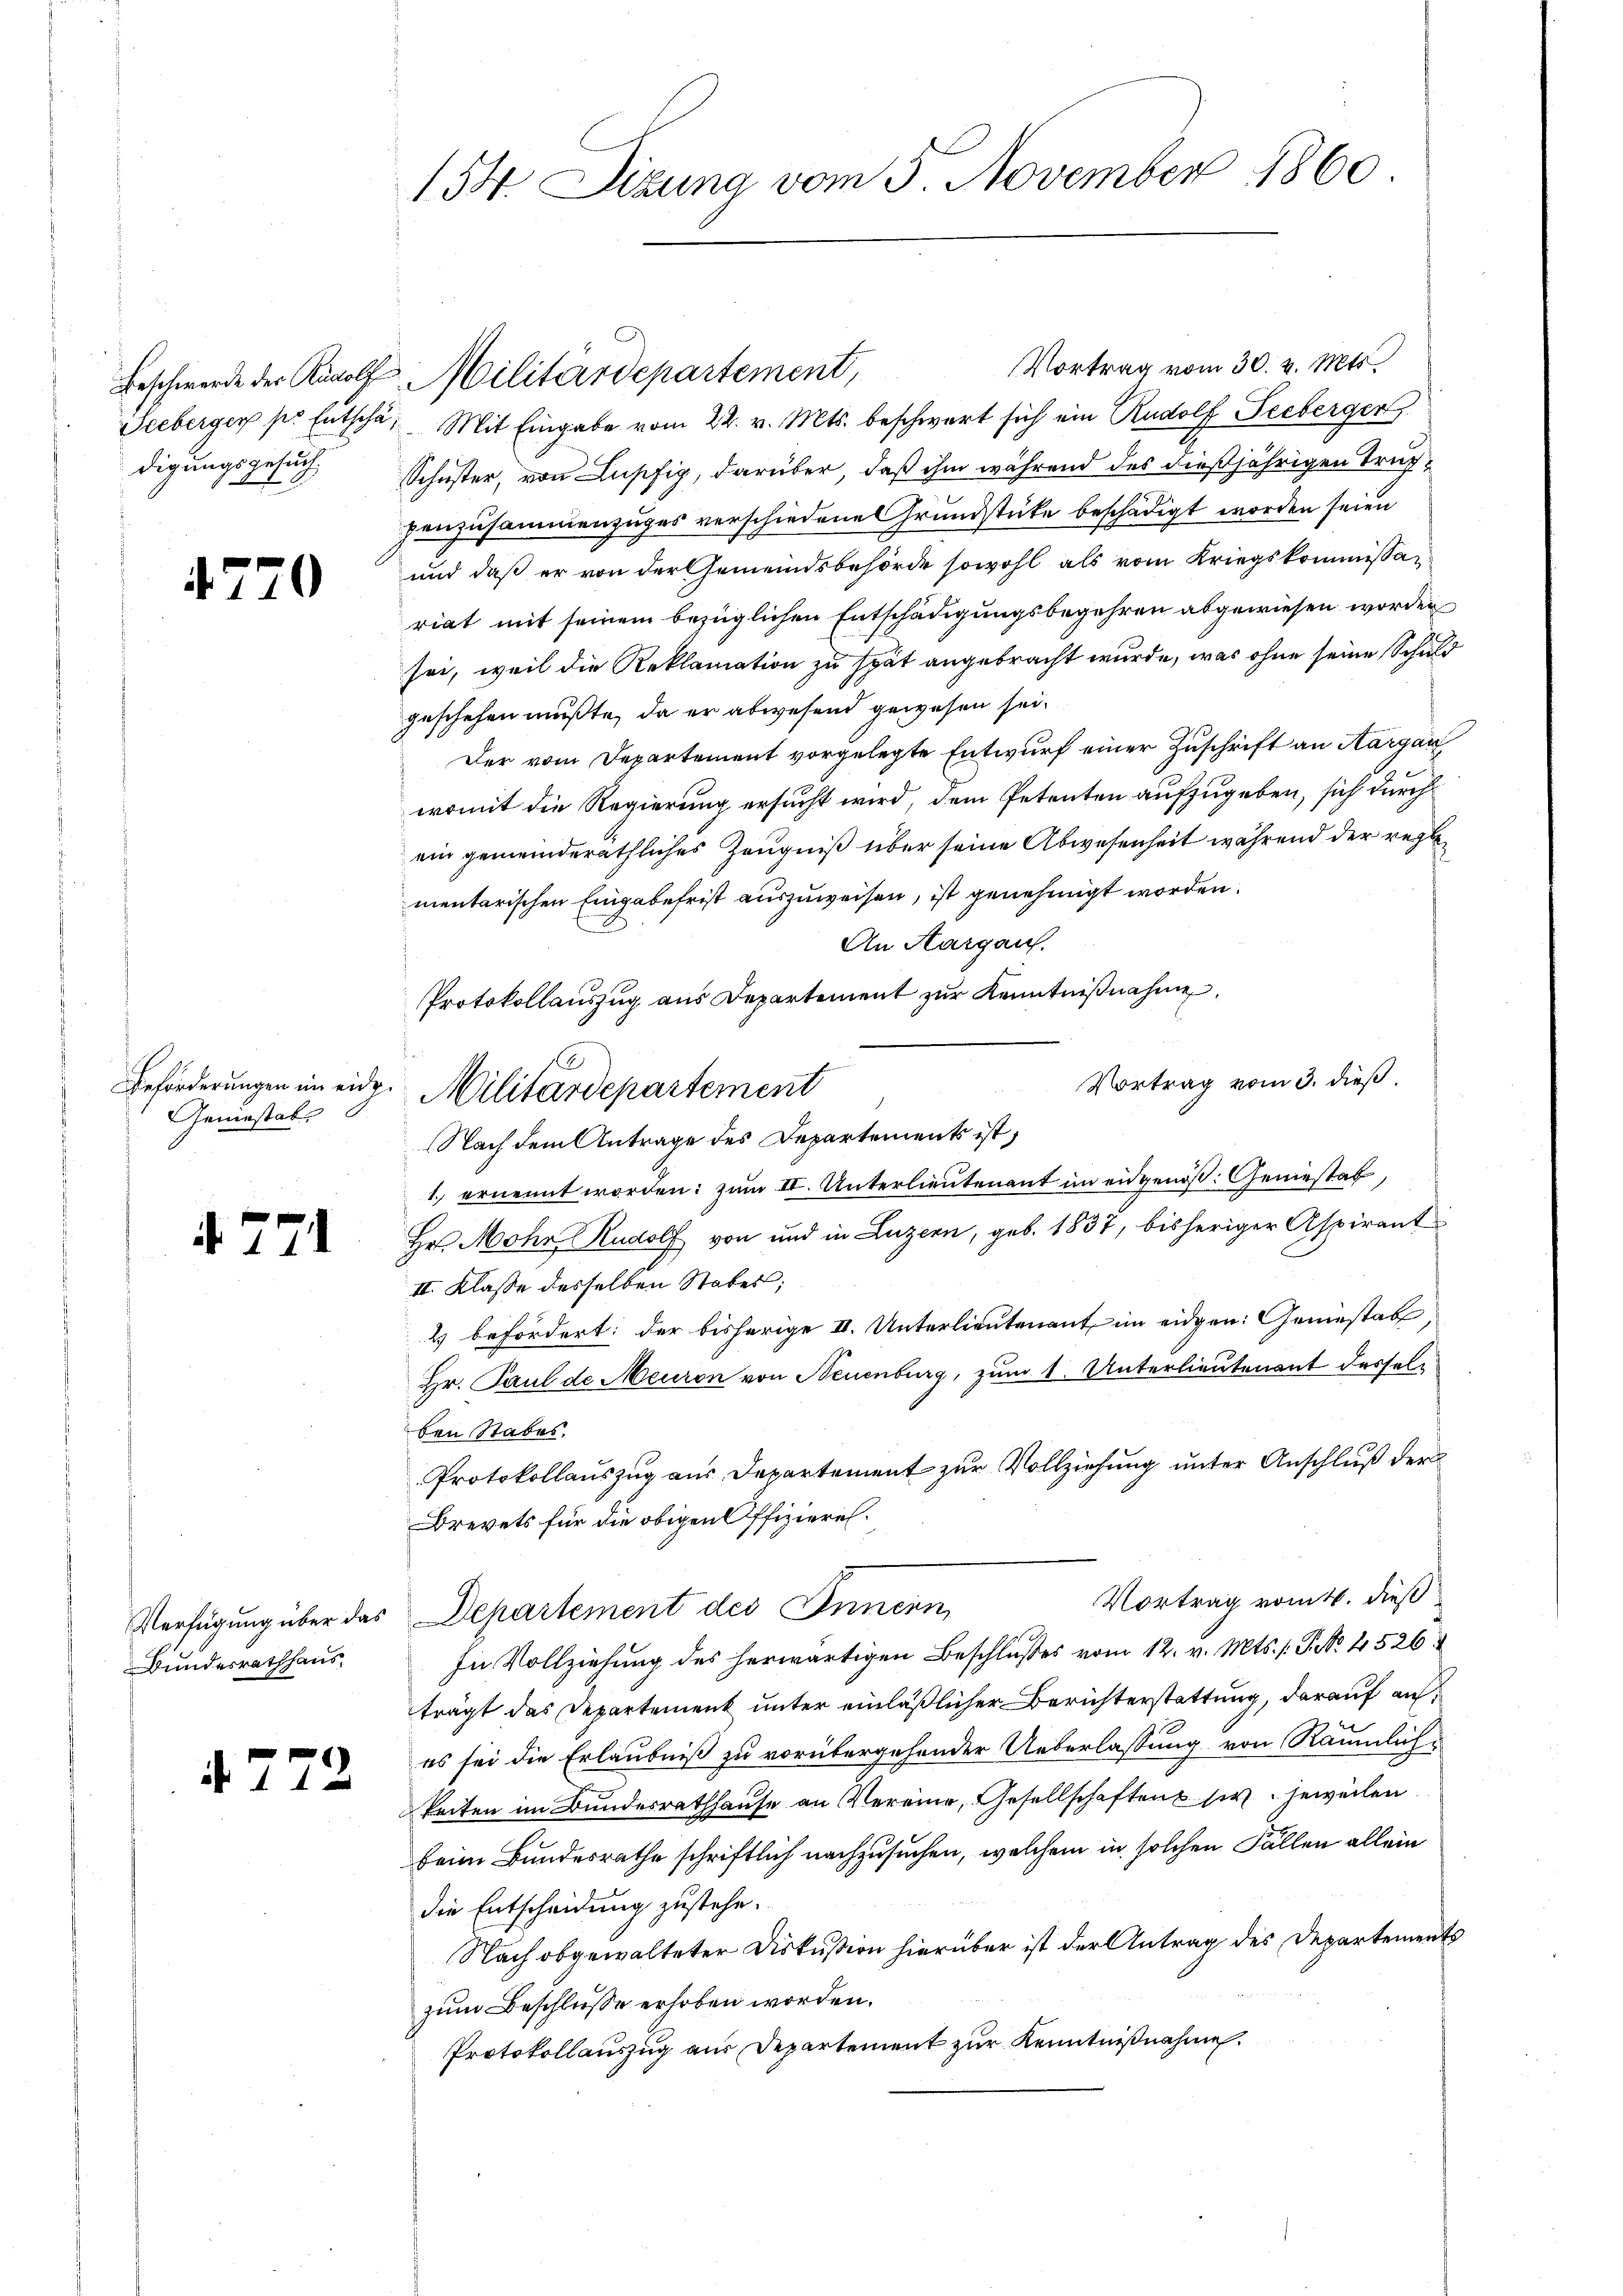
digungsgesuch,

4.7.

4 771

i

)

Beförderungen im eide.
Geniesabs

Bundesrathhaus

73

154. Sizung vom 5. November 1860

Vortrag vom 30. v. Mts.
Beschwerde der Rudolf Militärdepartement,
Seeberger pr Entscha. Mit Eingabe vom 22. v. Mts. beschwart sich ein Rudolf Seeberger
Schuster, von Lupfig, darüber, daß ihm während des dießjährigen Trupzenzusammenzuges verschiedene Grundstüke beschädigt worden seien
und daß er von der Gemeindsbehörde sowohl als vom Kriegskommissariat mit seinem bezüglichen Entschädigungsbegehren abgewiesen worden
sei, weil die Reklamation zu spät angebracht wurde, was ohne seine Schuld
geschehen mußte, da er abwesend gewesen sei.
Der vom Departement vorgelegte Entwurf einer Zuschrift an Aargau
womit die Regierung ersucht wird, dem Petenten aufzugeben, sich durch
ein gemeinderäthliches Zeugniß über seine Abwesenheit während der reglementarischen Eingabefrist auszuweisen, ist genehmigt worden.
An Aargau.
Protokollauszug aus Departement zur Kenntnißnahme
Vortrag vom 3. dieß.
Militärdepartement
Nach dem Antrage des Departement ist,
1. ernennt worden: zum II. Unterlieutenant in eidgenöß: Geniesstab,
Hr Mohr Rudolf von und in Luzern, geb. 1837, bisheriger Aspirant
II. Klasse desselben Stabes;
2 befördert: der bisherige II. Unterlieutenant im eidgen: Geniestab,
Hr. Paul de Meuron von Neuenburg, zum 1. Unterlieutenant desselben Stabes.
Protokollauszug aus Departement zur Vollziehung unter Anschluß der
Brevets für die obigen Offizieren¬
Vortrag vom 16. dieß
Verfügung über das Departement des Innern,
In Vollziehung des herwärtigen Beschlußes vom 12. v. Mts. s. S. No. 4526.
trägt das Departement unter einläßlicher Berichterstattung, darauf anes sei die Erlaubniß zu vorübergehender Ueberlassung von Räumlichkeiten im Bundesrathhause an Vereine, Gesellschaften sich jeweilen
beim Bundesrathe schriftlich nachzusuchen, welchem in solchen Fällen allein
die Entscheidung zustehe.
Nach obgewalteter Diskußion hierüber ist der Antrag des Departements
zum Beschlüsse erhoben worden.
Protokollauszug aus Departement zur Kenntnißnahme.